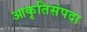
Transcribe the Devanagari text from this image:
आकृतिसंपदा